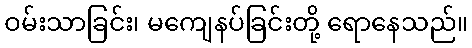
ဝမ်းသာခြင်း၊ မကျေနပ်ခြင်းတို့ ရောနေသည်။